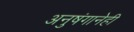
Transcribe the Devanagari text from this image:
अनुषंगानेही